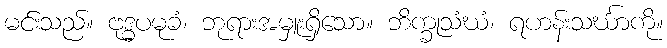
မင်းသည်။ ဗုဒ္ဓပမုခံ၊ ဘုရားအမှူးရှိသော။ ဘိက္ခုသံဃံ၊ ရဟန်းသင်္ဃာကို။